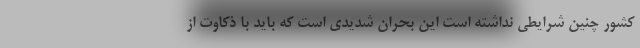
کشور چنین شرایطی نداشته است این بحران شدیدی است که باید با ذکاوت از